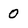
Character: 0